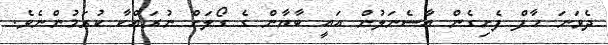
ދެވަނަ ހާފް ފެށިގެން އާސެނަލުން އައީ ބާޔާން ގެ ގޯލަށް ނުރައްކާ ކުރަމުންނެވެ.